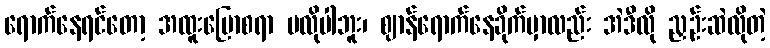
ရောက်နေရင်တော့ အထူးပြောစရာ မလိုပါဘူး၊ ဈာန်ရောက်နေခိုက်မှာလည်း အဲဒီလို ညှဉ်းဆဲလိုတဲ့